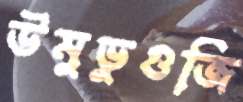
উমুভুগুজি